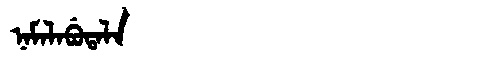
Manchu: ᠨᠠᠮᠠᠯᠠᠪᡠᡨᠠᠯᠠ
Romanization: NAMALABUTALA